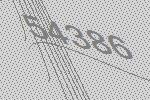
54386